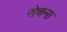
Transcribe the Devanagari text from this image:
रोचना